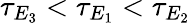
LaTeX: \tau_{E_{3}}<\tau_{E_{1}}<\tau_{E_{2}}